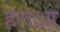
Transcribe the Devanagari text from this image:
हेलओ